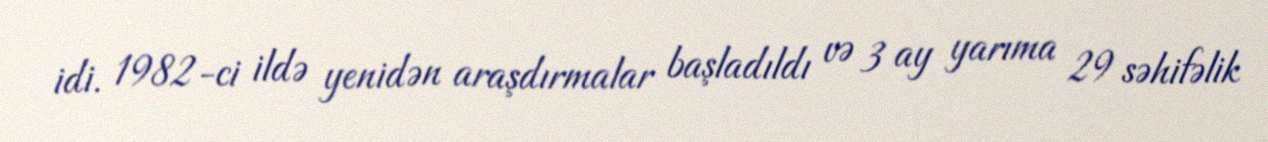
idi. 1982-ci ildə yenidən araşdırmalar başladıldı və 3 ay yarıma 29 səhifəlik